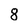
Character: 8